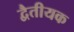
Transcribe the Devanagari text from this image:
द्वैतीयक